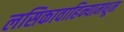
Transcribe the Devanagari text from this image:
लसिकावाहिन्यामधून